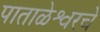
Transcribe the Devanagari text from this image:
पाताळेश्वरचे